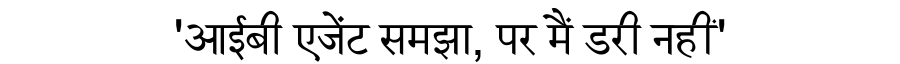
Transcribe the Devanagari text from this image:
'आईबी एजेंट समझा, पर मैं डरी नहीं'